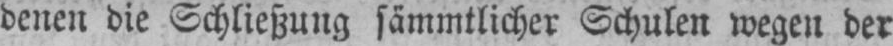
denen die Schließung sämmtlicher Schulen wegen der